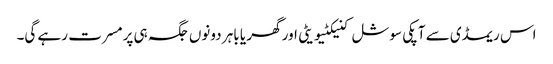
اس ریمڈی سے آپکی سوشل کنیکٹیویٹی اور گھر یا باہر دونوں جگہ ہی پرمسرت رہے گی۔